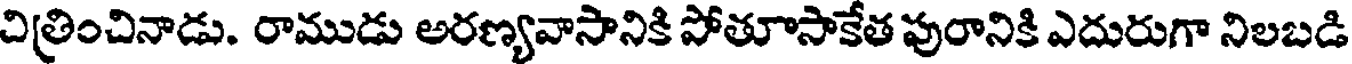
చిత్రించినాడు. రాముడు అరణ్యవాసానికి పోతూసాకేత పురానికి ఎదురుగా నిలబడి